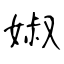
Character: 婌